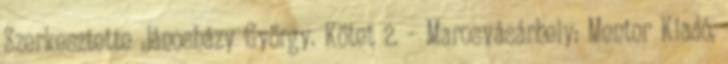
Szerkesztette Jánosházy György. Kötet 2. – Marosvásárhely: Mentor Kiadó,